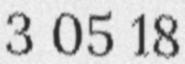
3 05 18